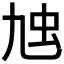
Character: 𧈤